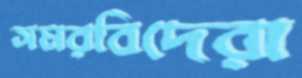
সমরবিদেরা